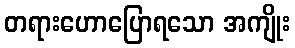
တရားဟောပြောရသော အကျိုး